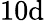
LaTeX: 10\mathrm{d}